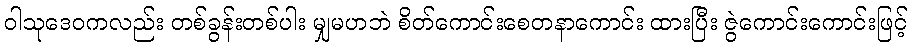
ဝါသုဒေဝကလည်း တစ်ခွန်းတစ်ပါး မျှမဟဘဲ စိတ်ကောင်းစေတနာကောင်း ထားပြီး ဇွဲကောင်းကောင်းဖြင့်